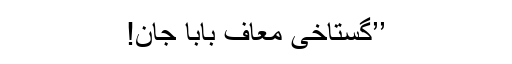
’’گستاخی معاف بابا جان!